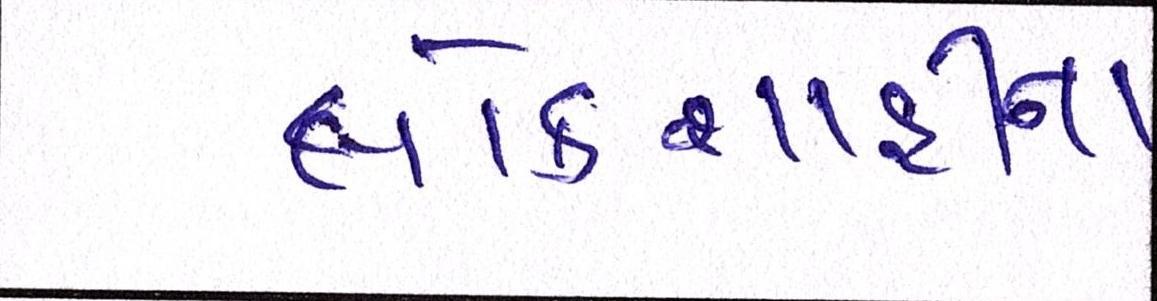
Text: લોકશાહીના